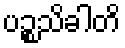
ပဉ္စသိခါတိ